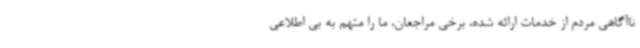
ناآگاهی مردم از خدمات ارائه شده، برخی مراجعان، ما را متهم به بی اطلاعی